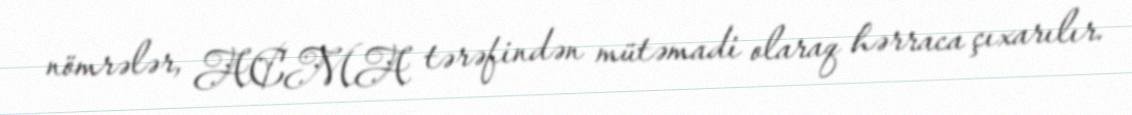
nömrələr, ACMA tərəfindən mütəmadi olaraq hərraca çıxarılır.